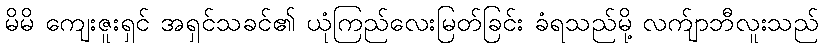
မိမိ ကျေးဇူးရှင် အရှင်သခင်၏ ယုံကြည်လေးမြတ်ခြင်း ခံရသည်မို့ လက်ျာဘီလူးသည်